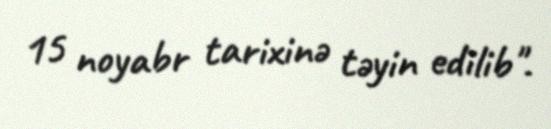
15 noyabr tarixinə təyin edilib".